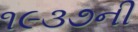
૧૯૩૭ની